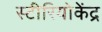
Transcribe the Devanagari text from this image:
स्टीरियोकेंद्र